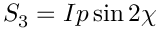
S _ { 3 } = I p \sin 2 \chi